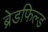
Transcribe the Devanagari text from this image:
ब्रेडफिल्ड